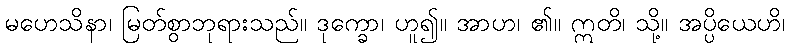
မဟေသိနာ၊ မြတ်စွာဘုရားသည်။ ဒုက္ခော၊ ဟူ၍။ အာဟ၊ ၏။ ဣတိ၊ သို့။ အပ္ပိယေဟိ၊